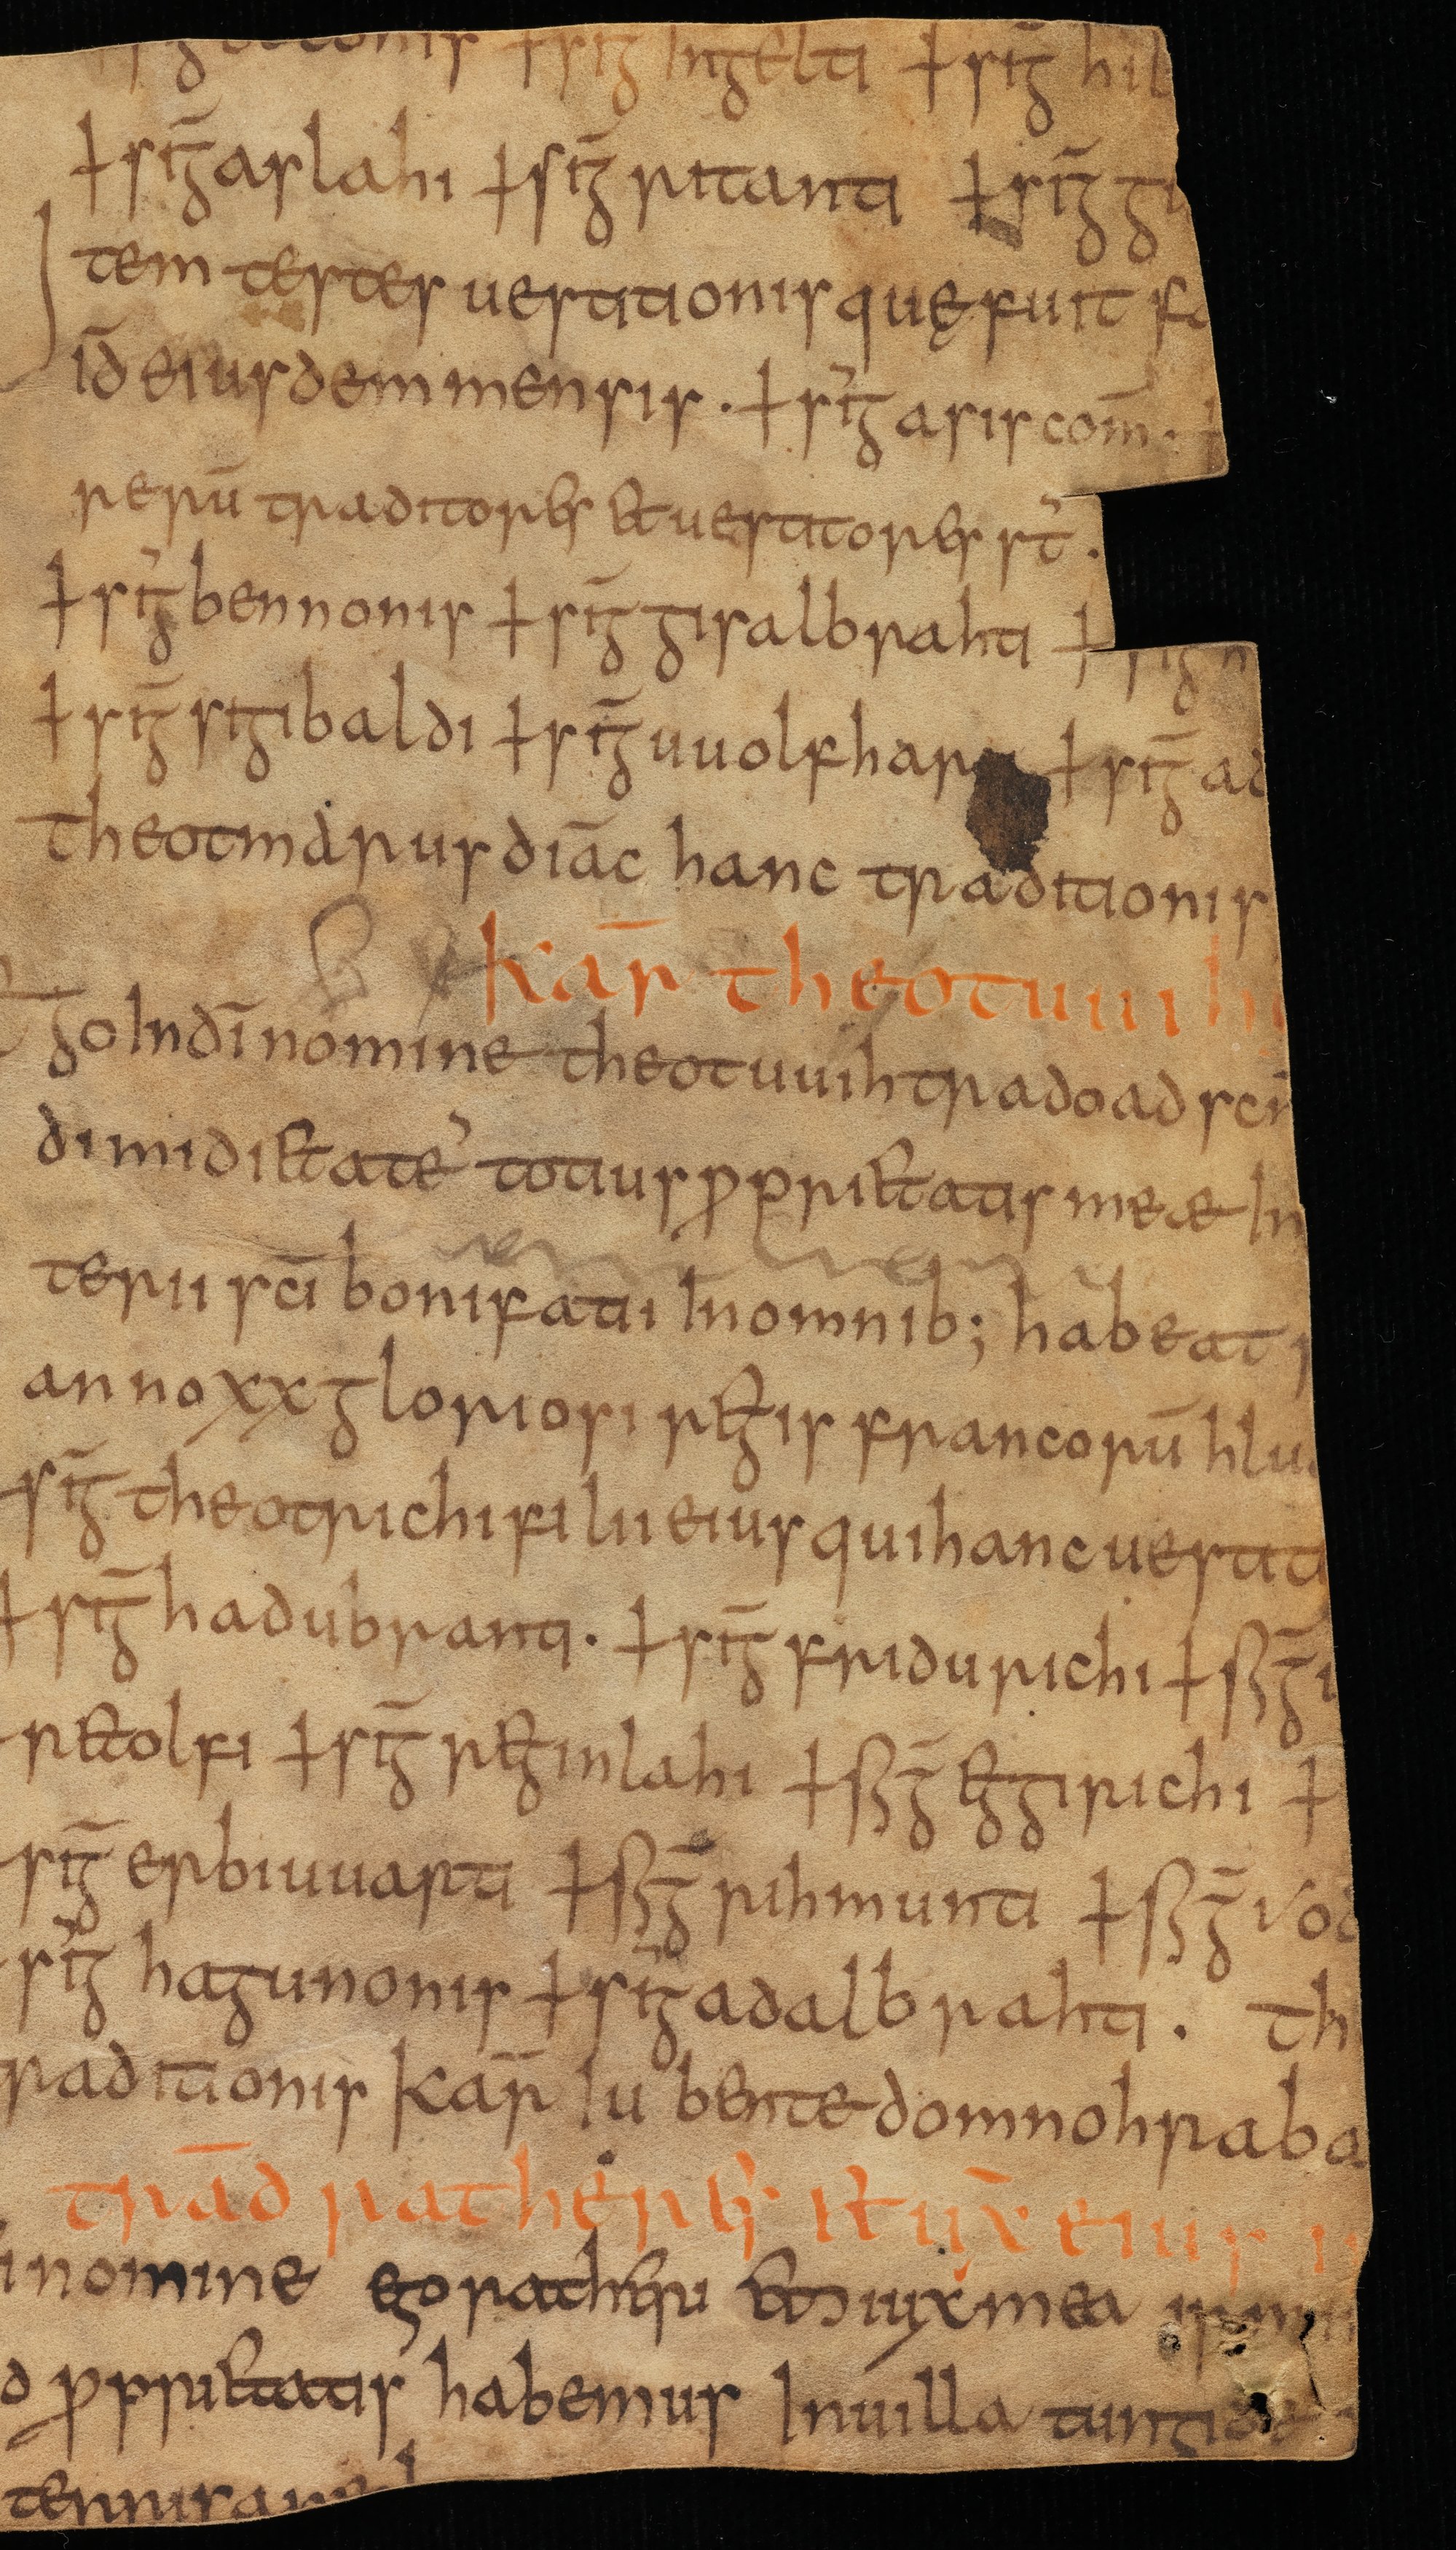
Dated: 825–855